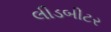
લીડબીટર